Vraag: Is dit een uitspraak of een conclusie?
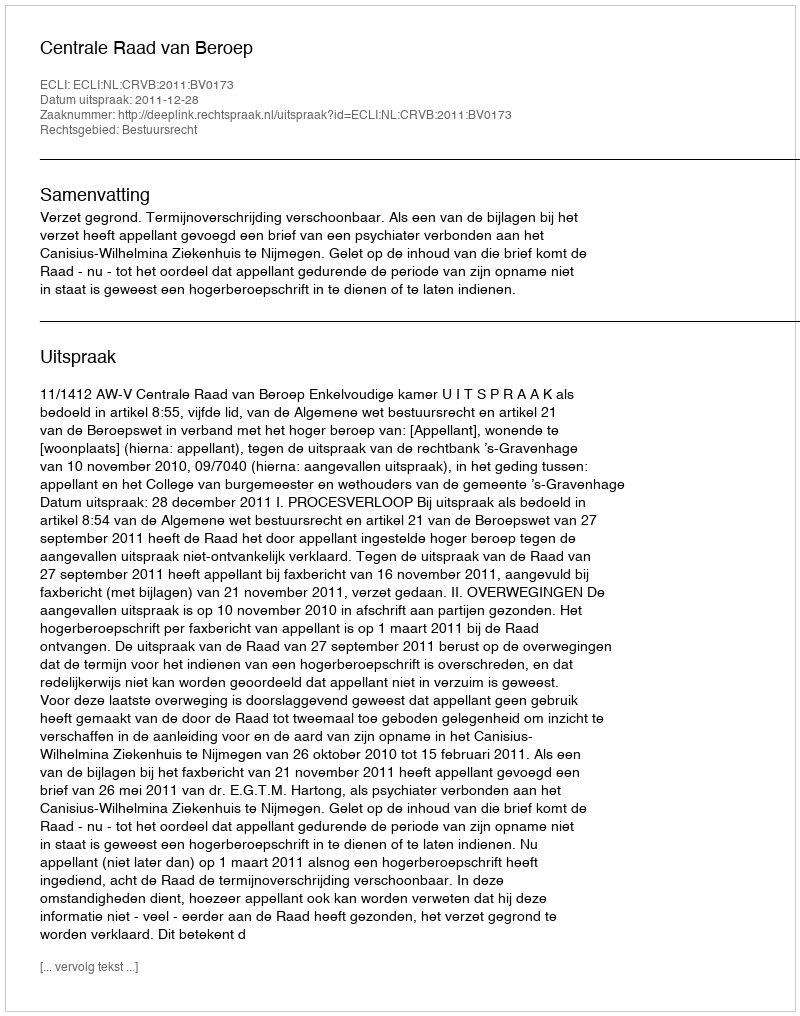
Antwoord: Uitspraak